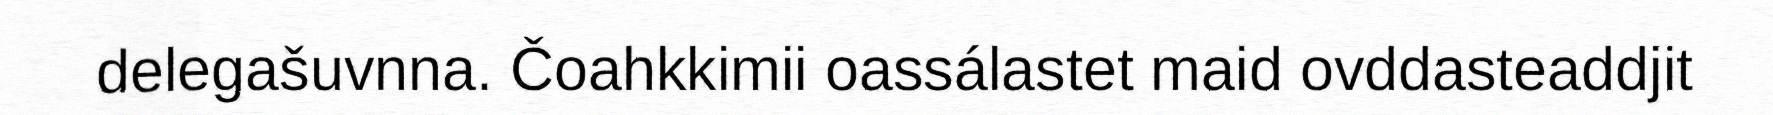
delegašuvnna. Čoahkkimii oassálastet maid ovddasteaddjit